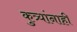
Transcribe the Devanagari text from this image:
कुत्र्यांनाही